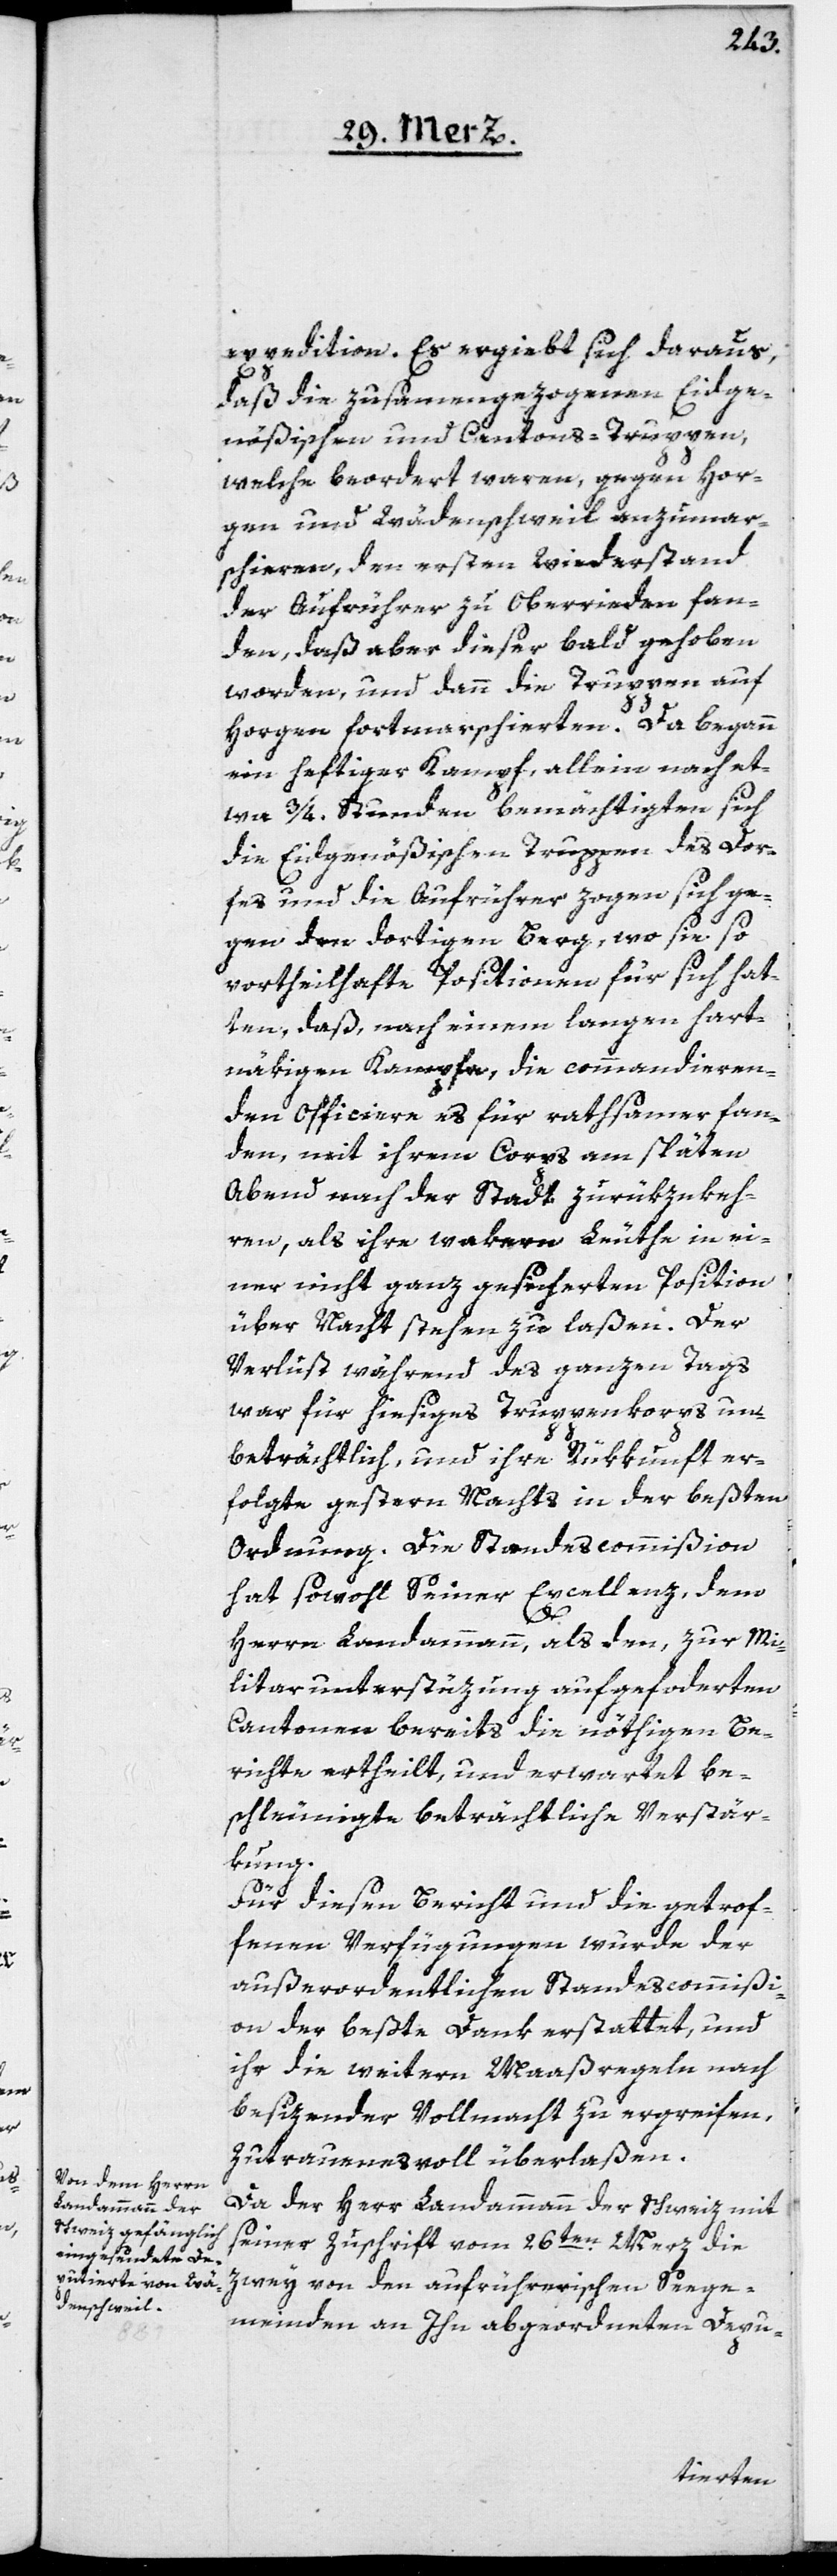
expedition. Es ergiebt sich daraus,
daß die zusammengezogenen Eidge¬
nößischen und Cantons-Truppen,
welche beordert waren, gegen Hor¬
gen und Wädenschweil anzumar¬
schieren, den ersten Wiederstand
der Aufrührer zu Oberrieden fan¬
den, daß aber dieser bald gehoben
worden, und dann die Truppen auf
Horgen fortmarschierten. Da begann
ein heftiger Kampf, allein nach et¬
wa 3/4 Stunden bemächtigten sich
die Eidgenößischen Truppen des Dor¬
fes und die Aufrührer zogen sich ge¬
gen den dortigen Berg, wo sie so
vortheilhafte Positionen für sich hat¬
ten, daß, nach einem langen hart¬
näkigen Kampfe, die commandieren¬
den Officiere es für rathsamer fan¬
den, mit ihrem Corps am späten
Abend nach der Stadt zurükzukeh¬
ren, als ihre wakern Leuthe in ei¬
ner nicht ganz gesicherten Position
über Nacht stehen zu laßen. Der
Verlust während des ganzen Tags
war für hiesiges Truppenkorps un¬
beträchtlich, und ihre Rükkunft er¬
folgte gestern Nachts in der beßten
Ordnung. Die Standescommißion
hat sowohl Seiner Excellenz, dem
Herrn Landammann, als den, zur Mi¬
litarunterstüzung aufgeforderten
Cantonen bereits die nöthigen Be¬
richte ertheilt, und erwartet be¬
schleunigte beträchtliche Verstär¬
kung.
Für diesen Bericht und die getrof¬
fenen Verfügungen wurde der
außerordentlichen Standescommißi¬
on der beßte Dank erstattet, und
ihr die weitern Maaßregeln nach
besizender Vollmacht zu ergreifen,
zutrauensvoll überlaßen.
Da der Herr Landammann der Schweiz mit
seiner Zuschrift vom 26ten Merz die
zwey von den aufrührerischen Seege¬
meinden an Ihn abgeordneten Depu-